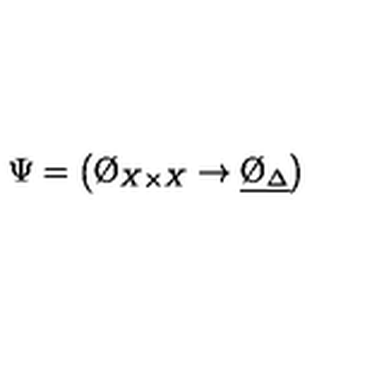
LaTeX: \Psi = \left( \O _ { X \times X } \to \underline { { \O _ { \Delta } } } \right)